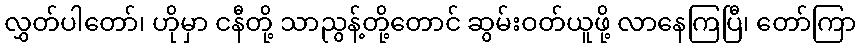
လွှတ်ပါတော်၊ ဟိုမှာ ငနီတို့ သာညွန့်တို့တောင် ဆွမ်းဝတ်ယူဖို့ လာနေကြပြီ၊ တော်ကြာ